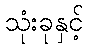
သုံးခုနှင့်